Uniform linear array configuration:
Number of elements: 24
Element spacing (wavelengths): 0.5
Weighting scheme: kaiser
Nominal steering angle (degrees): -45
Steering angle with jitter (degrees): -43.75
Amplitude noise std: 0.05
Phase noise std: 0.05

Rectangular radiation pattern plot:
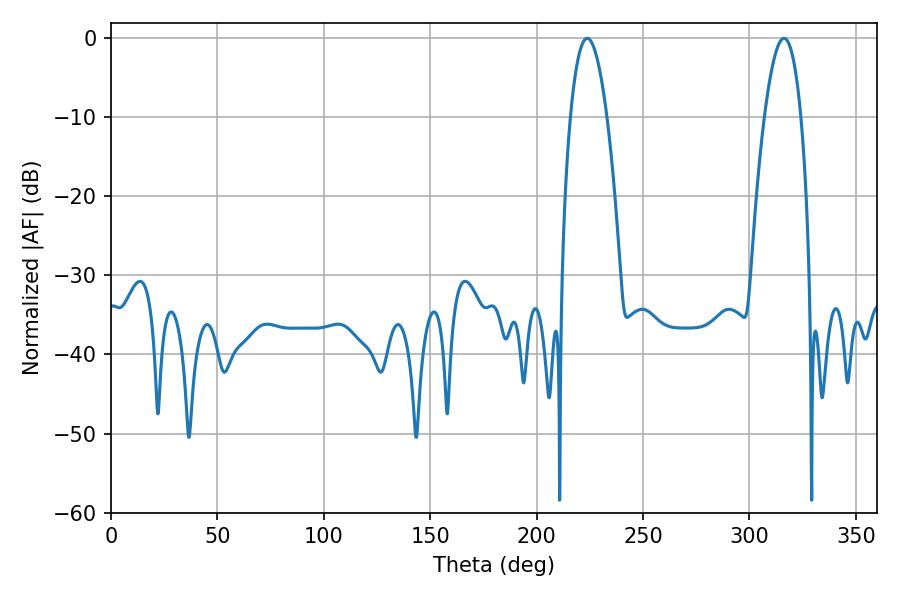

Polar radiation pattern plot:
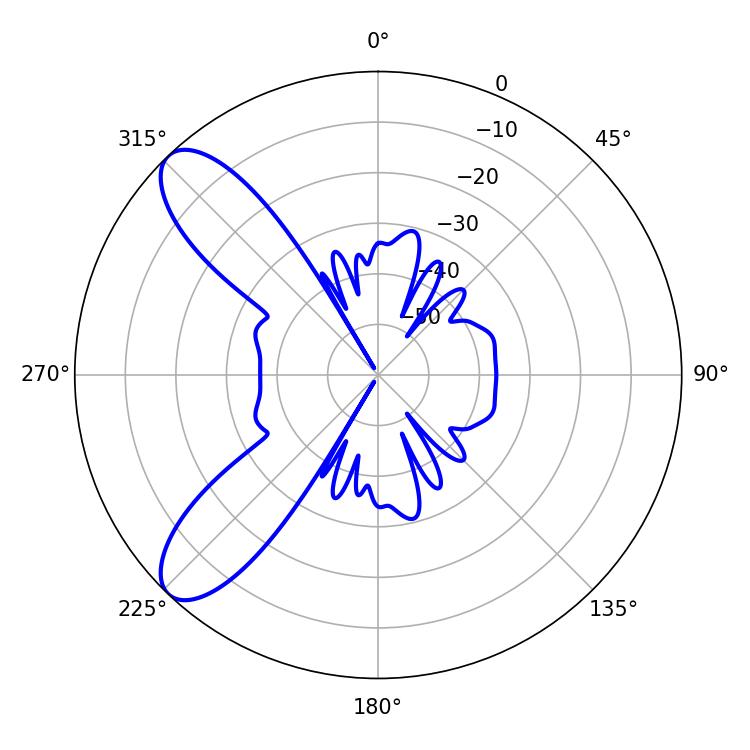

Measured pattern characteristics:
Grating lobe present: FALSE
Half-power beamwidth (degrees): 9.54
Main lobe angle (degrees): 223.74